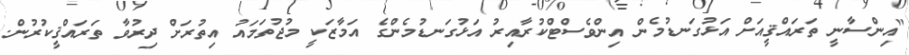
"އިންސާނީ ތަރައްޤީއަށް އަޅުގަނޑުމެން އިންވެސްޓްކުރާއިރު އަޅުގަނޑުމެންގެ އަމާޒަކީ މުޖުތަމައު އިތުރަށް ދިރުވާ ތަރައްޤީކުރުން.